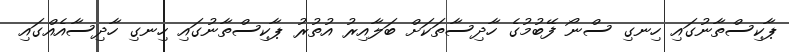
ޕާކިސްތާނުގައި ހިނގި ސްނޯ ފޭބުމުގެ ހާދިސާތަކަށް ބަލާއިރު އުތުރު ޕާކިސްތާނުގައި ހިނގި ހާދިސާއެއްގައި